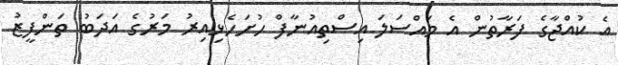
އެ ކުއްޖާގެ ފަރާތުން އެ މައްސަލަ އިސްތިއުނާފް ހުށަހެޅިއިރު މަރުގެ އަދަބު ތަންފީޒު